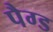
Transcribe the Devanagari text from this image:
पैग्ड